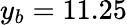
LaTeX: y_{b}=11.25